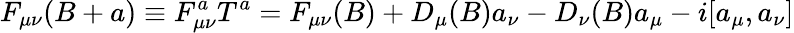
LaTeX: F_{\mu\nu}(B+a)\equiv F_{\mu\nu}^{a}T^{a}=F_{\mu\nu}(B)+D_{\mu}(B)a_{\nu}-D_{\nu}(B)a_{\mu}-i[a_{\mu},a_{\nu}]